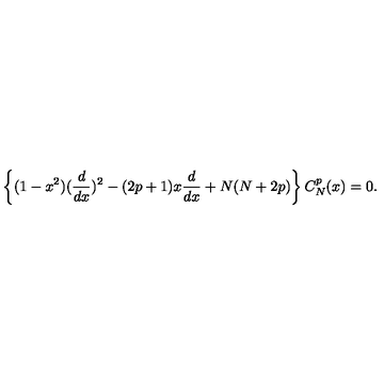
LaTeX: \left\{ ( 1 - x ^ { 2 } ) ( { \frac { d } { d x } } ) ^ { 2 } - ( 2 p + 1 ) x { \frac { d } { d x } } + N ( N + 2 p ) \right\} C _ { N } ^ { p } ( x ) = 0 .